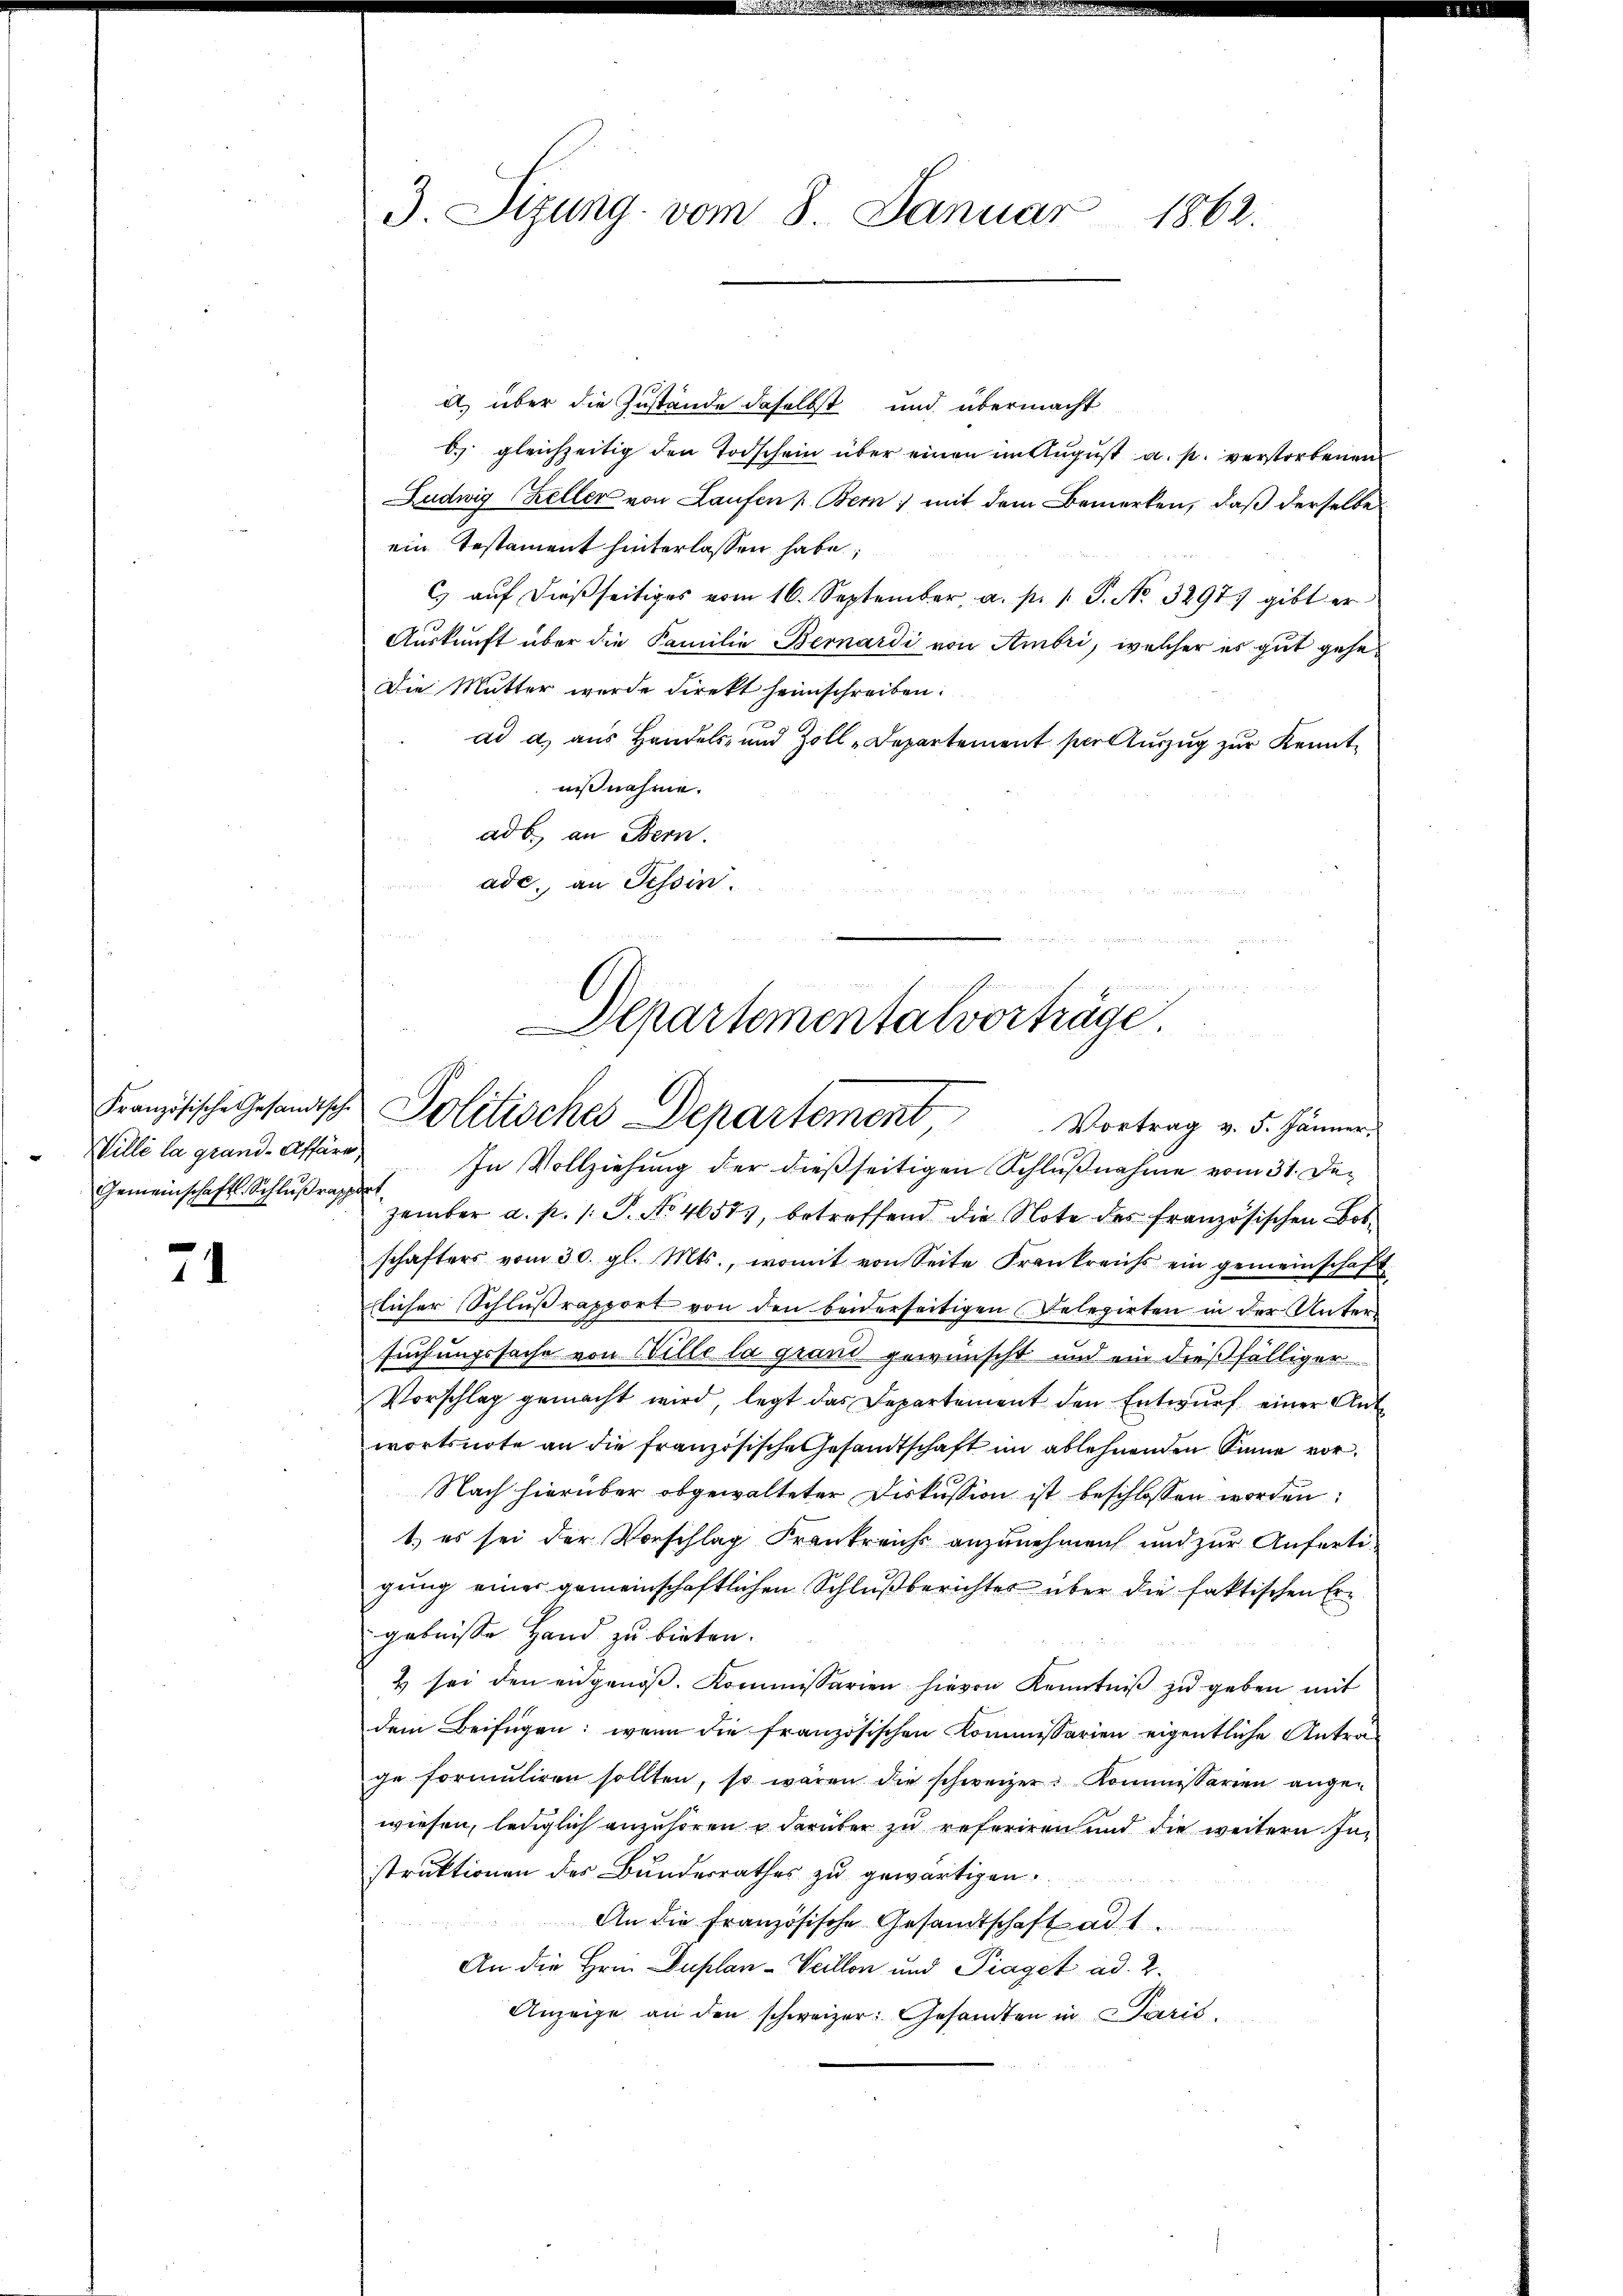
Französische Gesandtsche
Wille la grand-Affäre,
Gemeinschaft Schlußrapport

71

3. Sizung vom 8. Januar 1862.

i) über die Zustände daselbst und übermacht
b) gleichzeitig den Todschein über einen im August a. p. verstorbenen
Ludwig Keller von Laufen u. Bern; mit dem Bemerken, daß derselbe
ein Testament hinterlassen habe;
C) auf dießseitiges vom 16. September, a. p. 1. S. No. 3297. gibt er
Auskunft über die Familie Bernardi von Ambri, welcher es gut gehe
Die Mutter wurde direkt heimschreiben.
ad a. aus Handels- und Zoll-Departement per einzug zur Kenntnißnahme.
ad b. an Bern.
ade, an Tessin.
n

u
  12 x
Departementalvorträge.
Politisches Departement, Vortrag v. 5. Jänner.

In Vollziehung der dießseitigen Schlußnahme vom 31. Dezember a. p. 1. P. No 46573, betreffend die Note des französischen Botschafters vom 30. gl. Mts., womit von Seite Frankreichs ein gemeinschaft.
flicher Schlußrapport von den beiderseitigen Relegirten in der Unters
suchungssache von Wille la grand gewünscht und ein dießfälliger
Vorschlag gemacht wird legt das Departement den Entwurf einer Ant
wortsnote an die französische Gesandtschaft im ablehnenden Sinne vor¬
Nach hierüber obgewalteter Diskussion ist beschlossen worden:
1.) es sei der Vorschlag Frankreichs anzunehmen und zur Anfertigung einer gemeinschaftlichen Schlußberichtes über die faktischen Ergebnisse Hand zu bieten.
2 sei den angenöβ. Kommissarien hievon Kenntniß zu geben mit
dem Beifügen: wenn die französischen Kommissarien eigentliche Antrage formŭliren sollten, so wären die schweizer Kommissarien ange-
wiesen, lediglich anzuhören, darüber zu referiren und die weitern Instruktionen des Bundesrathes zu gewärtigen
An die Französische Gesandtschaft ad 1.
An die Hrnn Duplan -Veillon und Piaget ad 2.
Anzeige an den schweizer: Gesandten in Paris,